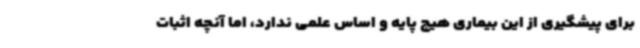
برای پیشگیری از این بیماری هیچ پایه و اساس علمی ندارد، اما آنچه اثبات